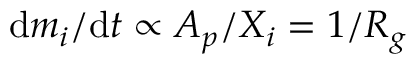
\mathrm { d } m _ { i } / \mathrm { d } t \propto A _ { p } / X _ { i } = 1 / R _ { g }